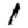
Digit: 1